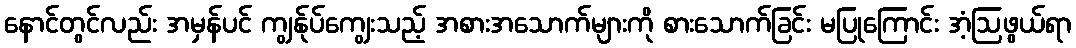
နောင်တွင်လည်း အမှန်ပင် ကျွန်ုပ်ကျွေးသည့် အစားအသောက်များကို စားသောက်ခြင်း မပြုကြောင်း အံ့ဩဖွယ်ရာ